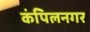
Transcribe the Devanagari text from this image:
कंपिलनगर